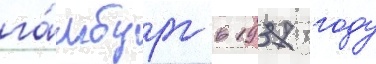
га́мбург в 1937 году